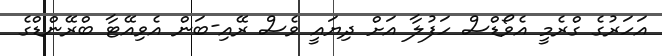
އަހަރުގެ ގްރެމީ އެވޯޑްސް ހަފުލާ އަށް ދިޔައީ ވެސް ރޭއި-ބަން އެވިއޭޓާ ބްރޭންޑްގެ